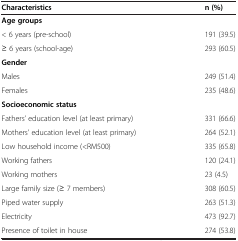
<table><thead><tr><td><b>Characteristics</b></td><td><b>n (%)</b></td></tr></thead><tbody><tr><td><b>Age groups</b></td><td> </td></tr><tr><td>&lt; 6 years (pre-school)</td><td>191 (39.5)</td></tr><tr><td>≥ 6 years (school-age)</td><td>293 (60.5)</td></tr><tr><td><b>Gender</b></td><td> </td></tr><tr><td>Males</td><td>249 (51.4)</td></tr><tr><td>Females</td><td>235 (48.6)</td></tr><tr><td><b>Socioeconomic status</b></td><td> </td></tr><tr><td>Fathers’ education level (at least primary)</td><td>331 (66.6)</td></tr><tr><td>Mothers’ education level (at least primary)</td><td>264 (52.1)</td></tr><tr><td>Low household income (&lt;RM500)</td><td>335 (65.8)</td></tr><tr><td>Working fathers</td><td>120 (24.1)</td></tr><tr><td>Working mothers</td><td>23 (4.5)</td></tr><tr><td>Large family size (≥ 7 members)</td><td>308 (60.5)</td></tr><tr><td>Piped water supply</td><td>263 (51.3)</td></tr><tr><td>Electricity</td><td>473 (92.7)</td></tr><tr><td>Presence of toilet in house</td><td>274 (53.8)</td></tr></tbody></table>